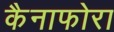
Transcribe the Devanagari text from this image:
कैनाफोरा